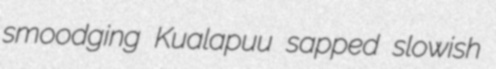
smoodging Kualapuu sapped slowish